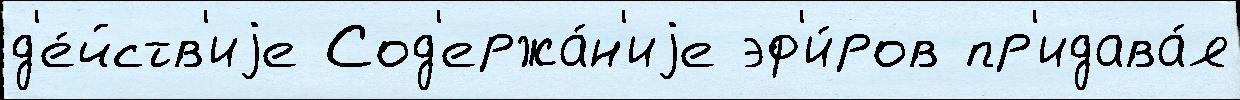
д'е́йств'иjе Сод'ержа́н'иjе эф'и́ров пр'идава́я